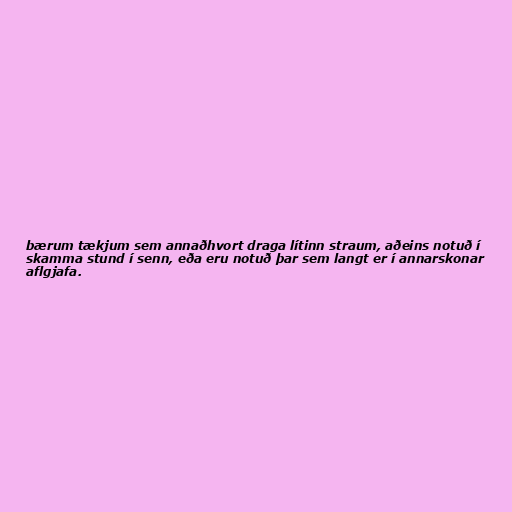
bærum tækjum sem annaðhvort draga lítinn straum, aðeins notuð í
skamma stund í senn, eða eru notuð þar sem langt er í annarskonar
aflgjafa.